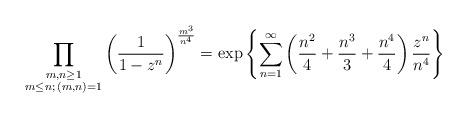
LaTeX: \begin{align*} \prod_{\substack{m,n \geq 1 \\ m \leq n ; \, (m,n)=1}} \left( \frac{1}{1-z^n} \right)^{\frac{m^3 }{n^4}} = \exp\left\{ \sum_{n=1}^{\infty} \left( \frac{n^2}{4} + \frac{n^3}{3} + \frac{n^4}{4} \right) \frac{z^n}{n^4} \right\}\end{align*}